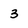
Character: 3